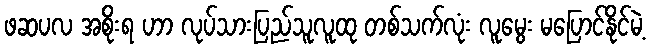
ဖဆပလ အစိုးရ ဟာ လုပ်သားပြည်သူလူထု တစ်သက်လုံး လူမွေး မပြောင်နိုင်မဲ့